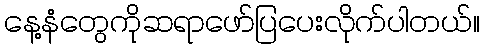
နေ့နံတွေကိုဆရာဖော်ပြပေးလိုက်ပါတယ်။